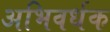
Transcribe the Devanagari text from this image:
अभिवर्धक